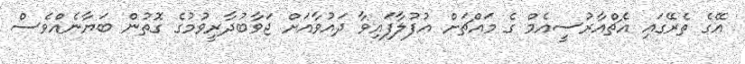
އޭގެ ތެރޭގައި އެޗްއާރުސީއެމް ގެ މައްޗަށް އުފުލާފައިވާ ދައުވާއަށް ޖަވާބުދާރީވުމުގެ ގޮތުން ބަޔާނެއްވެސް